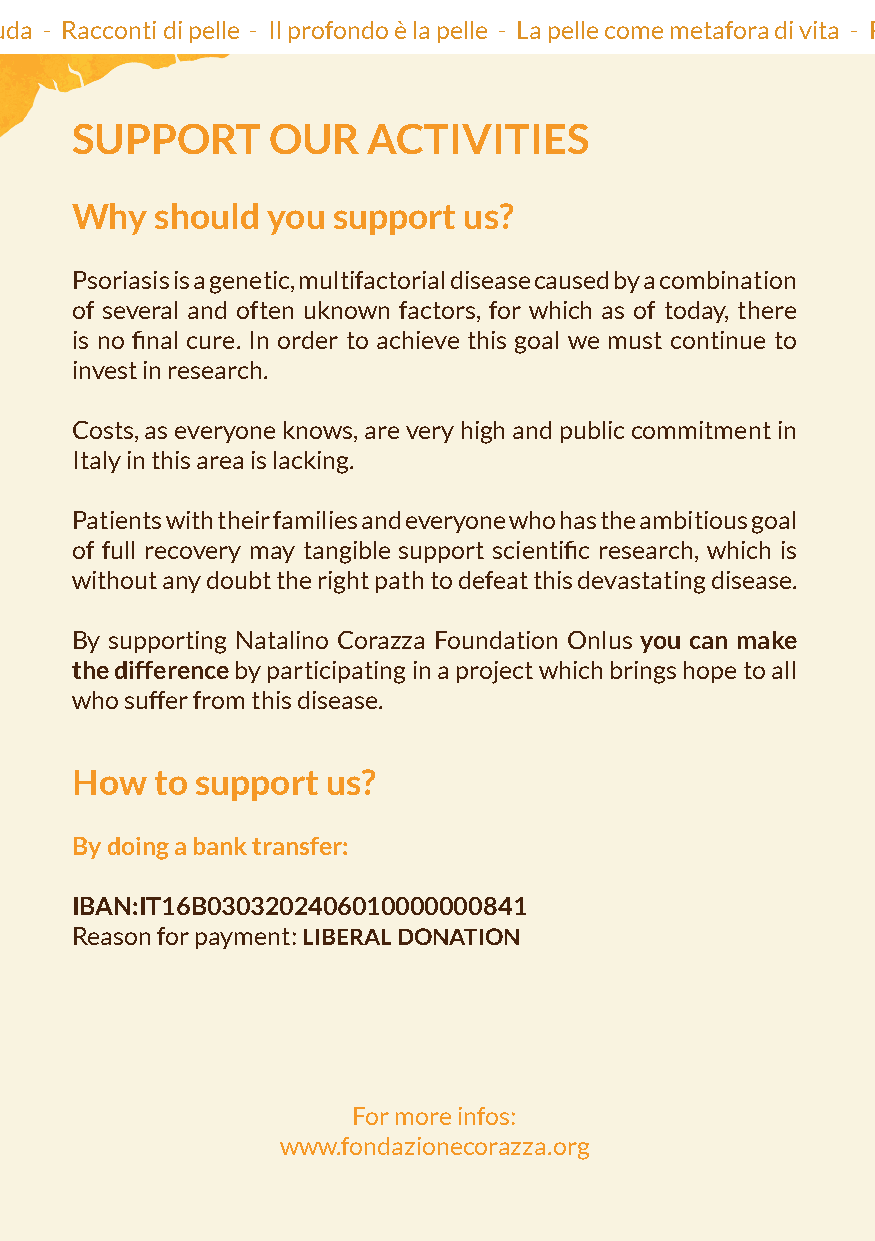
Io pelle - A fior di pelle - A pelle nuda - Racconti di pelle - Il profondo è la pelle - La pelle come metafora di vita - Pelle che parla - La pelle è l’abito migliore da indossare - Io pelle - A fior di pelle - A
 SUPPORT      OUR   ACTIVITIES
 Why  should  you support  us?
 Psoriasis is a genetic, multifactorial disease caused by a combination
 of several and often uknown factors, for which as of today, there
 is no final cure. In order to achieve this goal we must continue to
 invest in research.
 Costs, as everyone knows, are very high and public commitment in
 Italy in this area is lacking.
 Patients with their families and everyone who has the ambitious goal
 of full recovery may tangible support scientific research, which is
 without any doubt the right path to defeat this devastating disease.
 By supporting Natalino Corazza Foundation Onlus you can make
 the difference by participating in a project which brings hope to all
 who suffer from this disease.
 How  to support  us?
 By doing a bank transfer:
 IBAN:IT16B0303202406010000000841
 Reason for payment: LIBERAL DONATION
 For more infos:
 www.fondazionecorazza.org